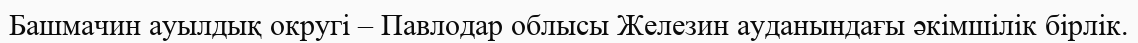
Башмачин ауылдық округі – Павлодар облысы Железин ауданындағы әкімшілік бірлік.